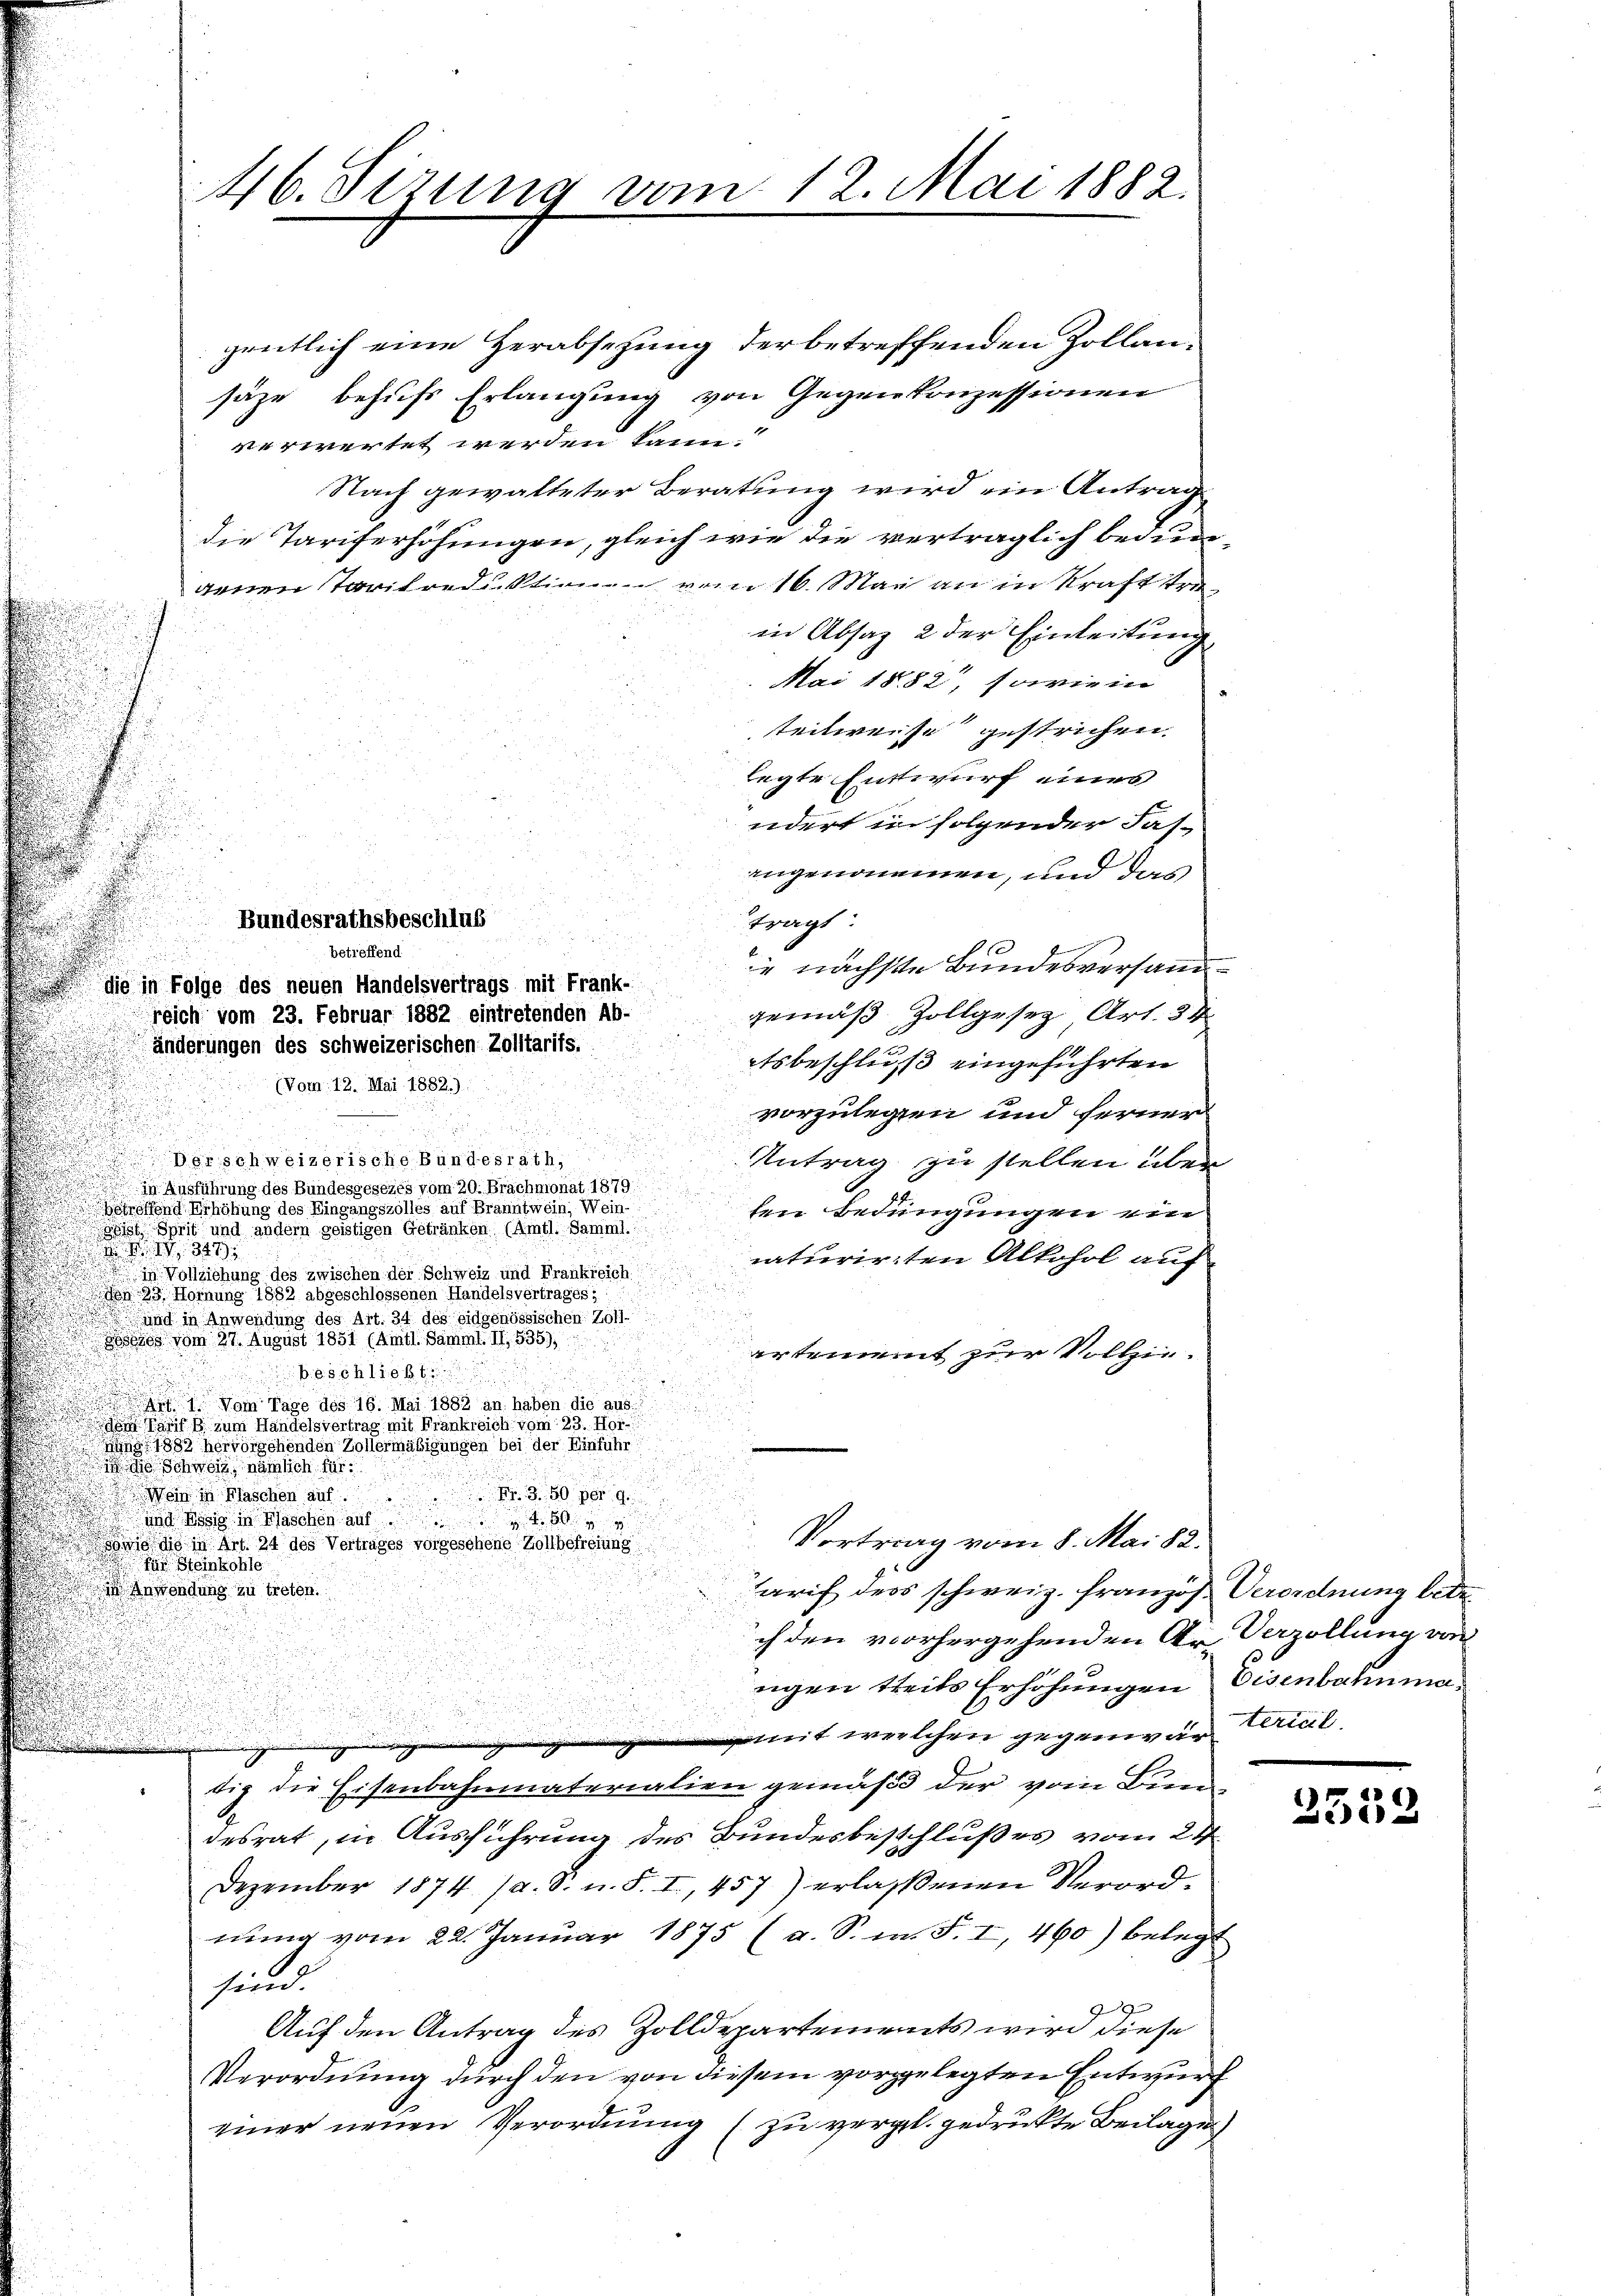
.

46. Sezung vom 12. Mai 1882.

gentlich eine Herabsetzung der betreffenden Zollansäze behufs Erlangung von Gegenkonzessionen
verwertet werden kann.
Nach gewalteter Beratung wird ein Antrag
die Tariferhöhungen, gleich wie die verträglich bedun
genen Taritrediktion vom 16. Mai an in Krafttrein Absatz 2 der Einleitung
Mai 1882, sowie in
teilweise gestrichen.
legte Entwurf eines
udert in folgender Fas-
angenommen, und das
Bundesrathsbeschluß
tragt.
betreffend
ie nächste Bundesversand¬
 die in Folge des neuen Handelsvertrags mit Frank-
gemäß Zollgesetz Art. 34
reich vom 23. Februar 1882 eintretenden Ab-
änderungen des schweizerischen Zolltarifs,
etsbeschluß eingeführten
(Vom 12. Mai 1882.)
vorzulegen und ferner
Derschweizerische Bundesrath,
Antrag zu stellen über
in Ausführung des Bundesgesezes vom 20. Brachmonat 1879.
nd Erhöhung des Eingangszolles auf Branntwein, Weinlen Bedingungen ein
Geist Sprit und andern geistigen Getränken. (Amtl. Samml.
raturirten Alkohol auf
in Vollziehung des zwischen der Schweiz und Frankreich.
n 2 Hornung 1882 abgeschlossenen Handelsvertrages;
.
 und in Anwendung des Art. 34 des eidgenössischen Zoll-
sezes vom 27. August 1851 (Amtl. Samml. II, 535),
artement zur Vollzie¬
Beschließt
 Vom Tage des 16. Mai 1882 an haben die aus.
 zum Handelsvertrag mit Frankreich vom 23. Hor

347
jung 1882 hervorgehenden Zollermäßigungen bei der Einführ
Schweiz, nämlich für
Wein in Flaschen auf.
3. 50 per g
und Assig in Flaschen auf
Sowie die in Art. 24 des Vertrages vorgesehene Zollbefreiung
für. Steinkohle
 Anwendung zu treten.
arif ders schweiz. Französ. Verordnung betr.
ch den vorhergehenden Ar Verzöllung von
ngen theils Erhöhungen Eisenbahnmamit welchen gegenwarterial
eu
tig die Eisenbahnmaterialien gemäß der vom Benen
desrat, in Ausführung des Bundesbeschlußes vom 24.
Dezember 1874 (a. S. u. S. I., 457) erlassenen Verordnung vom 22. Januar 1875 (a. S. m. F. I, 460) belegt
sind.
29
Auf den Antrag des Zolldepartements wird diese
Verordnung durch den von diesem vorgelegten Entwurf
einer neuen Verordnung zu vergl. gedruckte Beilage

Vortrag vom 8. Mai 82.

t

3539